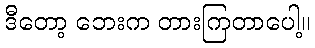
ဒီတော့ ဘေးက တားကြတာပေါ့။